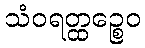
သံဝရတ္ထဉ္စေဝ